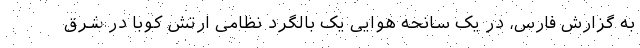
به گزارش فارس، در یک سانحه هوایی یک بالگرد نظامی ارتش کوبا در شرق